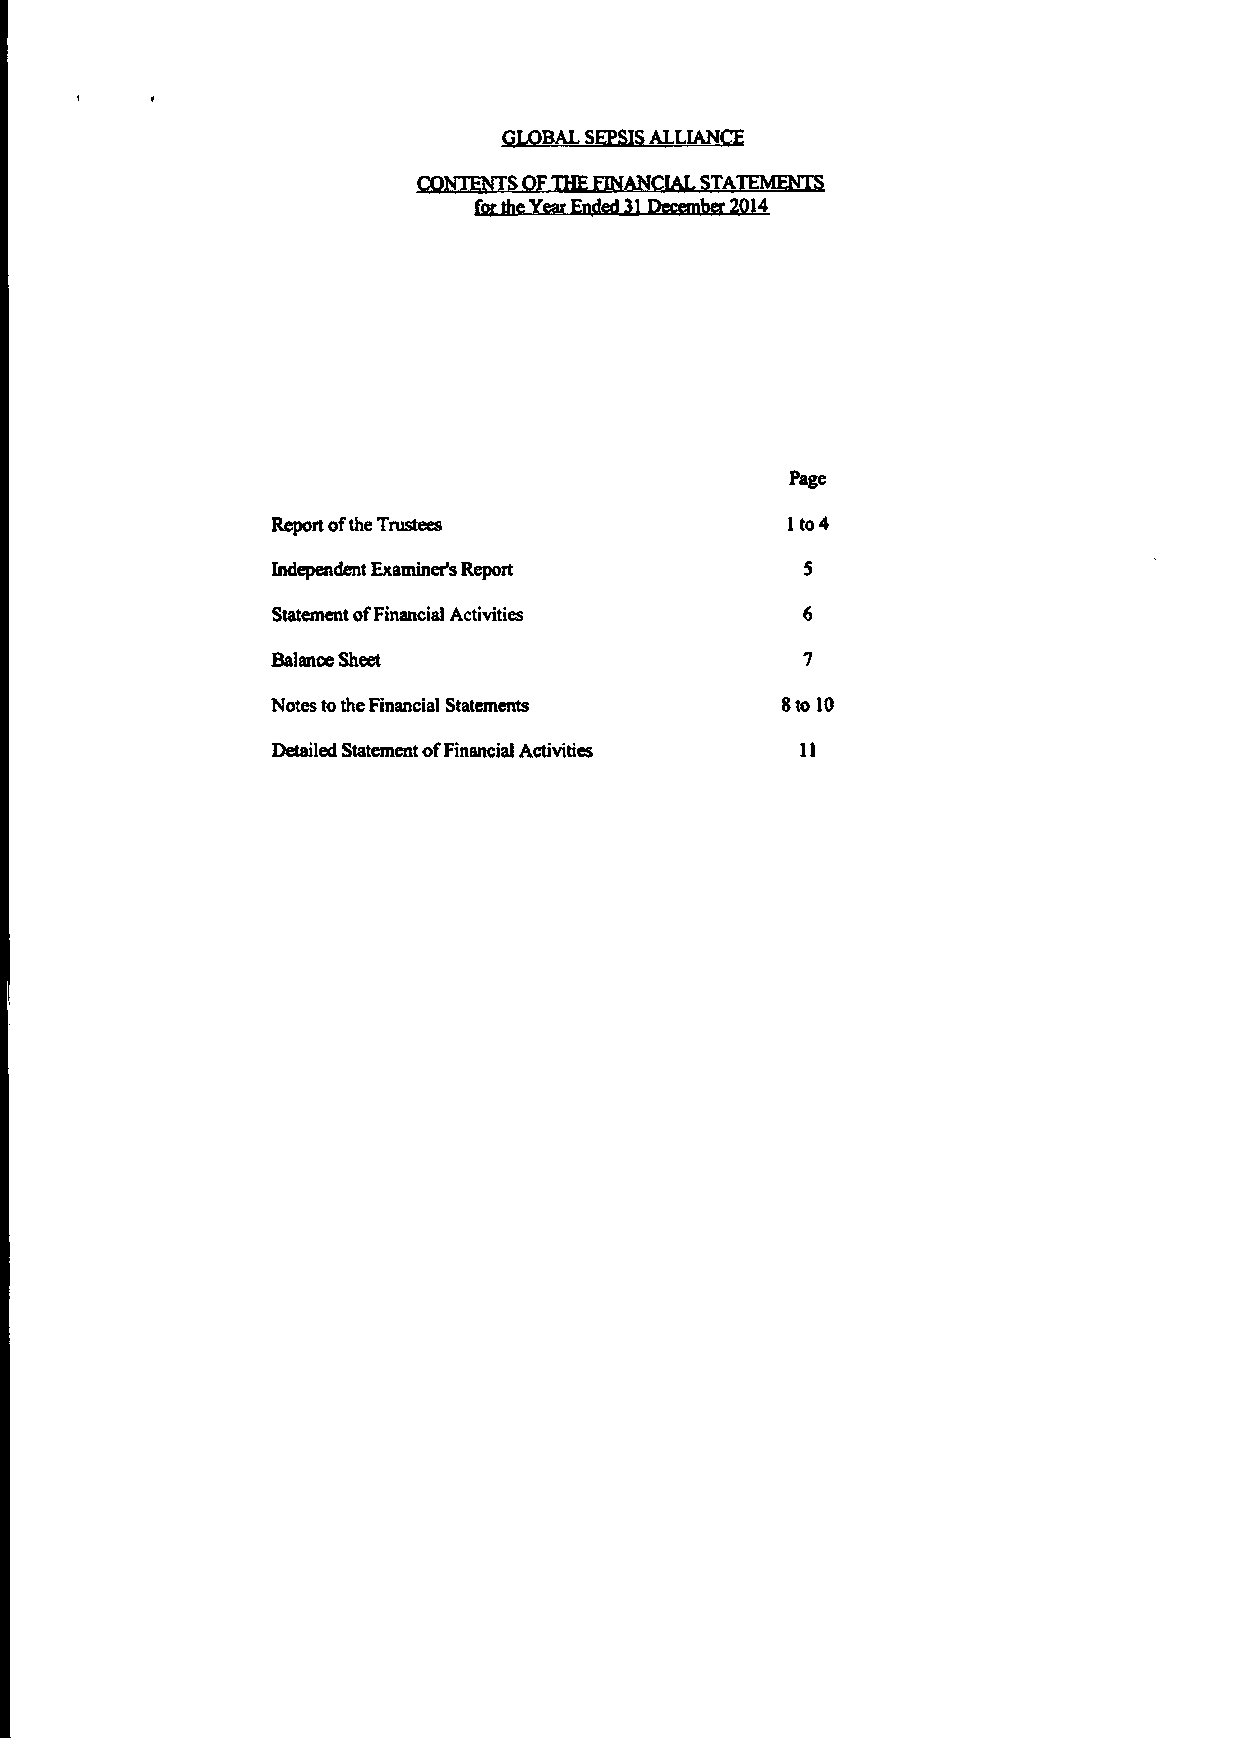
GLOBAL SEPSIS ALLIANCE
 CONTENTS OF THE FINANCIAL STA
 for the Year Ended 31 December 2014
 Page
 Report of the Trustees             1 to 4
 Independent Examiner's Report       5
 Statement of Financial Activities   6
 Balance Sheet                      7
 Notes to the Financial Statements  8 to 10
 Detailed Statement of Financiai Activities 11